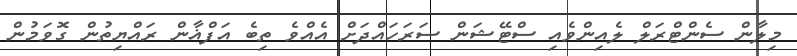
މިލާން ސެންޓްރަލް ލެއިންވެއި ސްޓޭޝަން ސަރަހައްދަށް އެއްވެ ތިބެ އަފްޣާން ރައްޔިތުން ގޮވަމުން